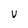
Character: V